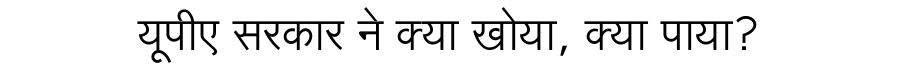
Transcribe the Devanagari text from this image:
यूपीए सरकार ने क्या खोया, क्या पाया?